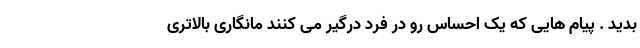
بدید . پیام هایی که یک احساس رو در فرد درگیر می کنند مانگاری بالاتری